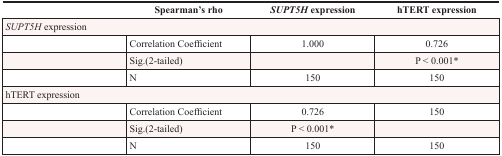
<table><thead><tr><td></td><td><b>Spearman’s rho</b></td><td><b><i>SUPT5H</i> expression</b></td><td><b>hTERT expression</b></td></tr></thead><tbody><tr><td colspan="4"><i>SUPT5H</i> expression</td></tr><tr><td></td><td>Correlation Coefficient</td><td>1.000</td><td>0.726</td></tr><tr><td></td><td>Sig.(2-tailed)</td><td></td><td>P &lt; 0.001*</td></tr><tr><td></td><td>N</td><td>150</td><td>150</td></tr><tr><td colspan="4">hTERT expression</td></tr><tr><td></td><td>Correlation Coefficient</td><td>0.726</td><td>150</td></tr><tr><td></td><td>Sig.(2-tailed)</td><td>P &lt; 0.001*</td><td></td></tr><tr><td></td><td>N</td><td>150</td><td>150</td></tr></tbody></table>